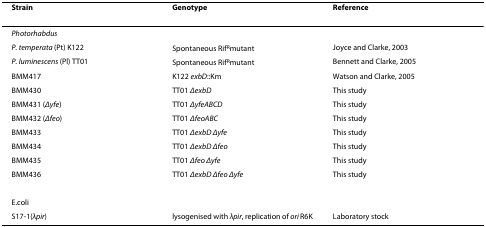
<table><thead><tr><td><b>Strain</b></td><td><b>Genotype</b></td><td><b>Reference</b></td></tr></thead><tbody><tr><td><i>Photorhabdus</i></td><td></td><td></td></tr><tr><td><i>P. temperata </i>(Pt) K122</td><td>Spontaneous Rif<sup>R</sup>mutant</td><td>Joyce and Clarke, 2003</td></tr><tr><td><i>P. luminescens </i>(Pl) TT01</td><td>Spontaneous Rif<sup>R</sup>mutant</td><td>Bennett and Clarke, 2005</td></tr><tr><td>BMM417</td><td>K122 <i>exbD</i>::Km</td><td>Watson and Clarke, 2005</td></tr><tr><td>BMM430</td><td>TT01 <i>ΔexbD</i></td><td>This study</td></tr><tr><td>BMM431 (<i>Δyfe</i>)</td><td>TT01 <i>ΔyfeABCD</i></td><td>This study</td></tr><tr><td>BMM432 (<i>Δfeo</i>)</td><td>TT01 <i>ΔfeoABC</i></td><td>This study</td></tr><tr><td>BMM433</td><td>TT01 <i>ΔexbD Δyfe</i></td><td>This study</td></tr><tr><td>BMM434</td><td>TT01 <i>ΔexbD Δfeo</i></td><td>This study</td></tr><tr><td>BMM435</td><td>TT01 <i>Δfeo </i><i>Δyfe</i></td><td>This study</td></tr><tr><td>BMM436</td><td>TT01 <i>ΔexbD </i><i>Δfeo </i><i>Δyfe</i></td><td>This study</td></tr><tr><td>E.coli</td><td></td><td></td></tr><tr><td>S17-1(<i>λpir</i>)</td><td>lysogenised with <i>λpir</i>, replication of <i>ori </i>R6K</td><td>Laboratory stock</td></tr></tbody></table>